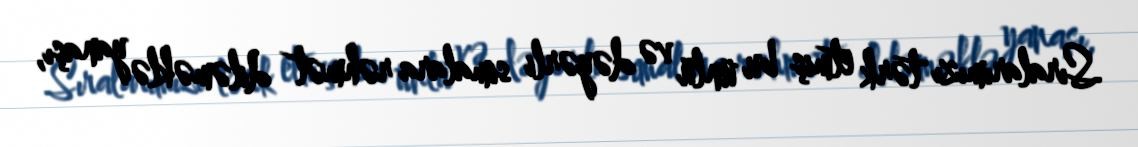
Sıralarımızı tərk etmiş bu ünlü və dəyərli simalara rəhmət diləməklə yanaşı,